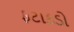
ફટાકડો